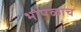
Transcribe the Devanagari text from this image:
भोपळाच